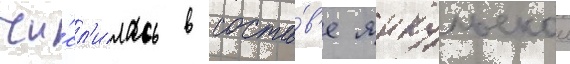
чи́сл'илась в соста́в'е янкульскои